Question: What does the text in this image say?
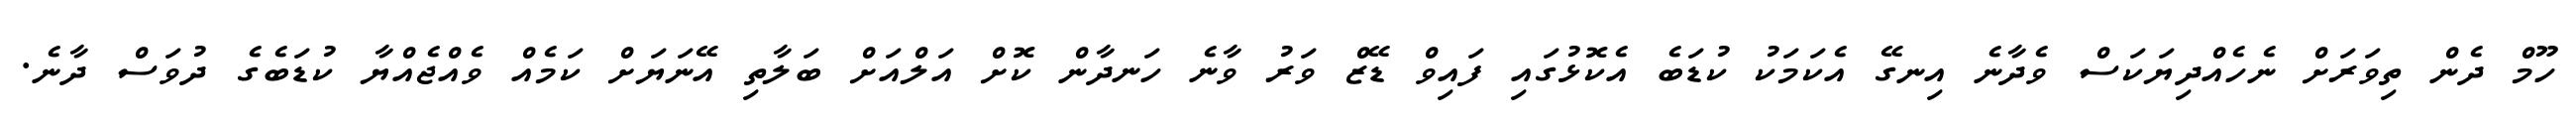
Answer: ހޫމް ދެން ތިވަރަށް ނެހެއްދިޔަކަސް ވެދާނެ އިނގޭ އެކަމަކު ކުޑަބެ އެކޮޅުގައި ފައިވް ޑޭޒް ވަރު ވާނެ ހަނދާން ކޮށް އަލްއަށް ބަލާތި އޭނަޔަށް ކަމެއް ވެއްޖެއްޔާ ކުޑަބެގެ ދުވަސް ދާނެ.